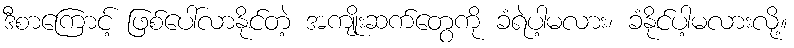
ဒီစာကြောင့် ဖြစ်ပေါ်လာနိုင်တဲ့ အကျိုးဆက်တွေကို ခံရဲပါ့မလား၊ ခံနိုင်ပါ့မလားလို့။